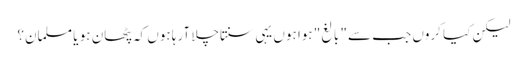
لیکن کیا کروں جب سے" بالغ" ہوا ہوں یہی سنتاچلا آرہا ہوں کہ پٹھان ہو یا مسلمان؟